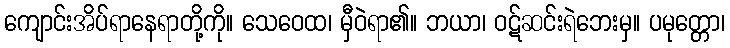
ကျောင်းအိပ်ရာနေရာတို့ကို။ သေဝေထ၊ မှီဝဲရာ၏။ ဘယာ၊ ဝဋ်ဆင်းရဲဘေးမှ။ ပမုတ္တော၊